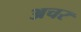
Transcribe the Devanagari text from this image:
अचर